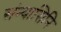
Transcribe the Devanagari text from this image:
संन्यासिनि